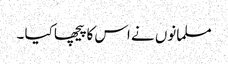
مسلمانوں نے اس کا پیچھا کیا ۔